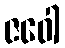
ဇဝေါ